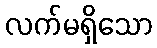
လက်မရှိသော